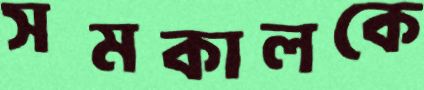
সমকালকে